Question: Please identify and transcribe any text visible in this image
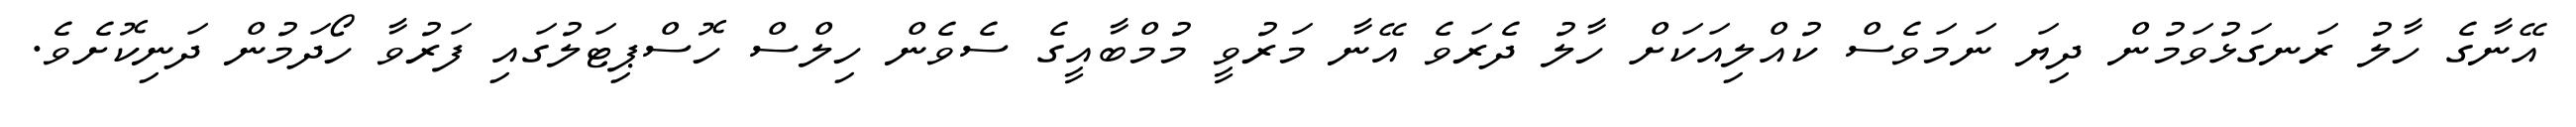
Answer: އޭނާގެ ހާލު ރަނގަޅުވަމުން ދިޔަ ނަމަވެސް ކުއްލިއަކަށް ހާލު ދެރަވެ އޭނާ މަރުވީ މުމްބާއީގެ ސެވެން ހިލްސް ހޮސްޕިޓަލުގައި ފަރުވާ ހޯދަމުން ދަނިކޮށެވެ.